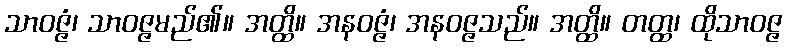
သာဝဇ္ဇံ၊ သာဝဇ္ဇမည်၏။ အတ္ထိ။ အနဝဇ္ဇံ၊ အနဝဇ္ဇသည်။ အတ္ထိ။ တတ္ထ၊ ထိုသာဝဇ္ဇ